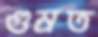
গুম্‌রত